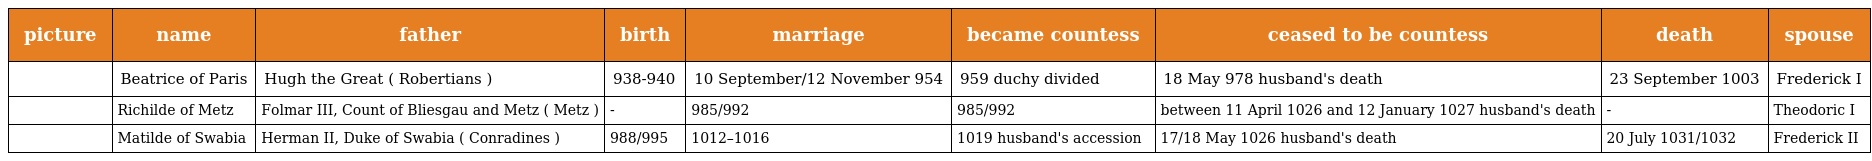
| picture | name | father | birth | marriage | became countess | ceased to be countess | death | spouse |
 | --- | --- | --- | --- | --- | --- | --- | --- | --- |
 |  | Beatrice of Paris | Hugh the Great ( Robertians ) | 938-940 | 10 September/12 November 954 | 959 duchy divided | 18 May 978 husband's death | 23 September 1003 | Frederick I |
 |  | Richilde of Metz | Folmar III, Count of Bliesgau and Metz ( Metz ) | - | 985/992 | 985/992 | between 11 April 1026 and 12 January 1027 husband's death | - | Theodoric I |
 |  | Matilde of Swabia | Herman II, Duke of Swabia ( Conradines ) | 988/995 | 1012–1016 | 1019 husband's accession | 17/18 May 1026 husband's death | 20 July 1031/1032 | Frederick II |